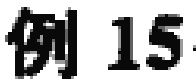
例~15